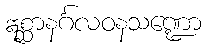
ဣစ္ဆာနင်္ဂလဝနသဏ္ဍော